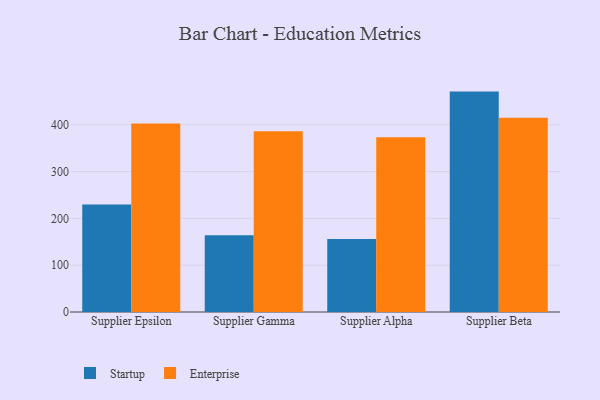
{"axis": {"x": "Supplier", "y": "LTV (USD)"}, "legend": ["Enterprise", "Startup"], "data": [{"x": "Supplier Epsilon", "y": 229.7, "type": "Startup"}, {"x": "Supplier Epsilon", "y": 402.9, "type": "Enterprise"}, {"x": "Supplier Gamma", "y": 164.0, "type": "Startup"}, {"x": "Supplier Gamma", "y": 386.0, "type": "Enterprise"}, {"x": "Supplier Alpha", "y": 155.8, "type": "Startup"}, {"x": "Supplier Alpha", "y": 373.3, "type": "Enterprise"}, {"x": "Supplier Beta", "y": 470.8, "type": "Startup"}, {"x": "Supplier Beta", "y": 415.0, "type": "Enterprise"}]}